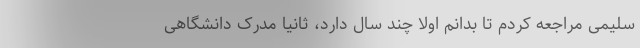
سلیمی مراجعه کردم تا بدانم اولا چند سال دارد، ثانیا مدرک دانشگاهی